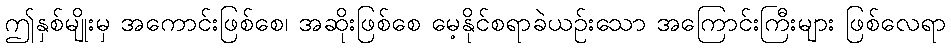
ဤနှစ်မျိုးမှ အကောင်းဖြစ်စေ၊ အဆိုးဖြစ်စေ မေ့နိုင်စရာခဲယဉ်းသော အကြောင်းကြီးများ ဖြစ်လေရာ